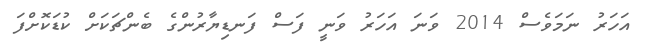
އަހަރު ނަމަވެސް 2014 ވަނަ އަހަރު ވަނީ ފަސް ފަނޑިޔާރުންގެ ބެންޗަކަށް ކުޑަކޮށްފަ